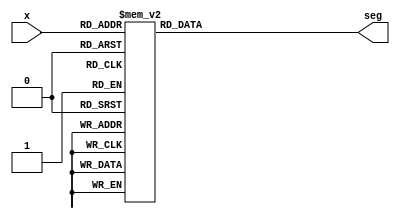
`timescale 1ns / 1ps
//////////////////////////////////////////////////////////////////////////////////
// Student: Tawseef Patel 101145333
// 
// Design Name: bcdto7segment.v
// Module Name: bcdto7segment
// Project Name: Lab9_3_1
//
//////////////////////////////////////////////////////////////////////////////////

module bcdto7segment (
    input [3:0] x,
    output reg [6:0] seg
);

always@(*)
begin
    case(x)
        4'b0000 : seg = 7'b1000000;
        4'b0001 : seg = 7'b1111001;
        4'b0010 : seg = 7'b0100100;
        4'b0011 : seg = 7'b0110000;
        4'b0100 : seg = 7'b0011001;
        4'b0101 : seg = 7'b0010010;
        4'b0100 : seg = 7'b0000010;
        4'b0110 : seg = 7'b0000010;
        4'b0111 : seg = 7'b1111000;
        4'b1000 : seg = 7'b0000000;
        4'b1001 : seg = 7'b0010000;
        default : seg = 7'b1111001; // letter E for error
    endcase 
end

endmodule